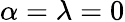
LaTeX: \alpha=\lambda=0